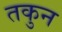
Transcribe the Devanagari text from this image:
तकुन